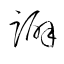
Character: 躃